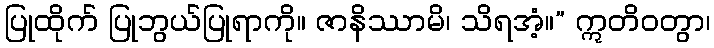
ပြုထိုက် ပြုဘွယ်ပြုရာကို။ ဇာနိဿာမိ၊ သိရအံ့။” ဣတိဝတွာ၊